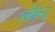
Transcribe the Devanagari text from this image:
।लोकेन्द्र